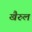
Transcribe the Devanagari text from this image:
खैरुल